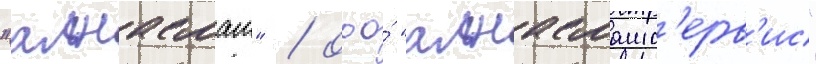
"алнасмаш" / ооо́ "алнасмашс'ерв'ис"